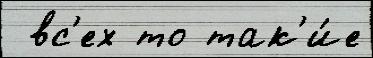
 вс'ех то так'и́е